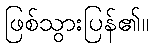
ဖြစ်သွားပြန်၏။